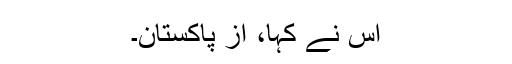
اس نے کہا، از پاکستان۔